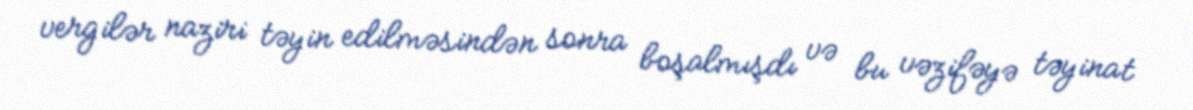
vergilər naziri təyin edilməsindən sonra boşalmışdı və bu vəzifəyə təyinat